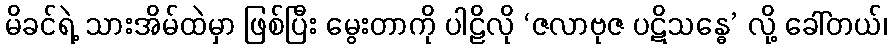
မိခင်ရဲ့ သားအိမ်ထဲမှာ ဖြစ်ပြီး မွေးတာကို ပါဠိလို ‘ဇလာဗုဇ ပဋိသန္ဓေ’ လို့ ခေါ်တယ်၊